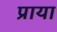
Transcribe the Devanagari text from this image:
प्राया